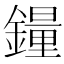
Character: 𫓉